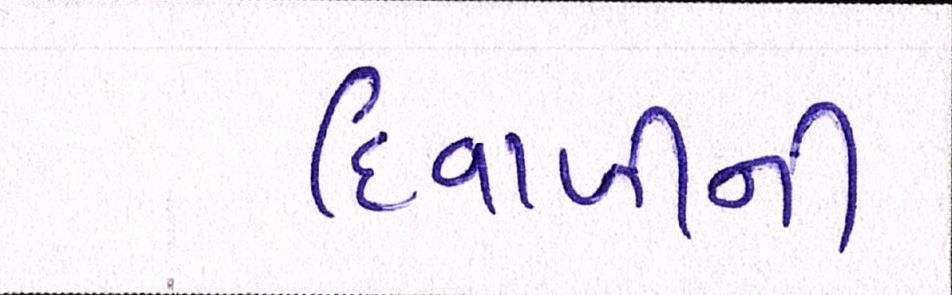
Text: દિવાળીની